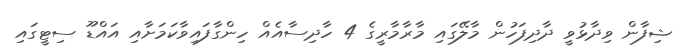
ޝިފާން ވިދާޅުވީ ދާދިފަހުން މާލޭގައި މާރާމާރީގެ 4 ހާދިސާއެއް ހިންގާފައިވާކަމަށާއި އައްޑޫ ސިޓީގައި